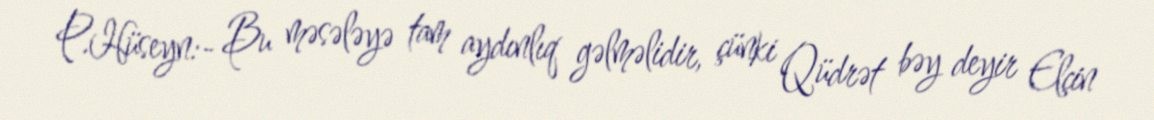
P.Hüseyn:- Bu məsələyə tam aydınlıq gəlməlidir, çünki Qüdrət bəy deyir Elçin